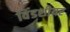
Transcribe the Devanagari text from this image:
विंडशीयर